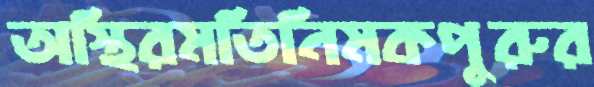
অস্থিরমতিনিমকপুরুর